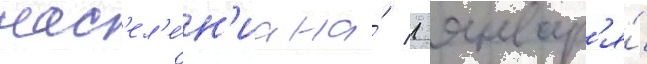
нас'ел'е́н'иа на́ 1 январ'я́